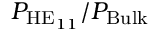
P _ { \mathrm { H E } _ { 1 1 } } / P _ { \mathrm { B u l k } }